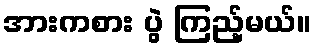
အားကစား ပွဲ ကြည့်မယ်။